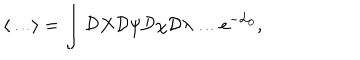
LaTeX: \left\langle \ldots \right\rangle = \int { \cal D } X { \cal D } \psi { \cal D } \chi { \cal D } \lambda \ldots e ^ { - { \cal L } _ { 0 } } ,